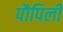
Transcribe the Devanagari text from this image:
पौपिली